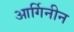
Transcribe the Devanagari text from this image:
आर्गिनीन